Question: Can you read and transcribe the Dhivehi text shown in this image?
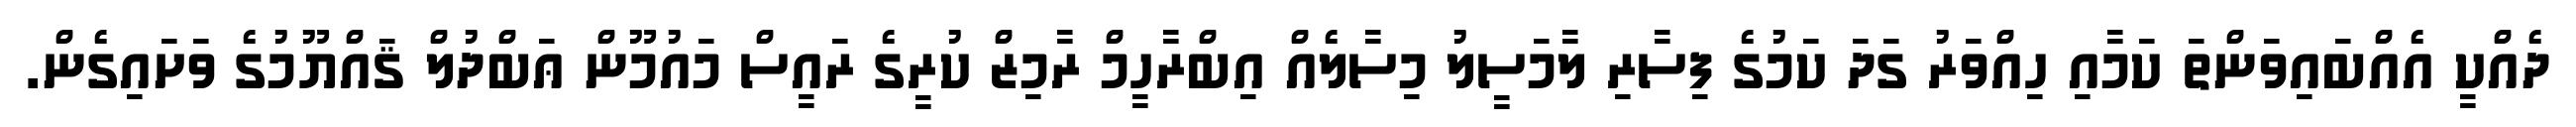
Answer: ދެއްކީ އެއްބައިވަންތަ ކަމާއި ހިއްވަރު ގަދަ ކަމުގެ ފިސާރި ލާމަސީލު މިސާލެއް އިބްރާހީމް ރާމިޒް ކުރީގެ ރައީސް މައުމޫން ޢަބްދުލް ޤައްޔޫމުގެ ވަށައިގެން.